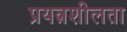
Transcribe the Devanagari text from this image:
प्रयत्नशीलता